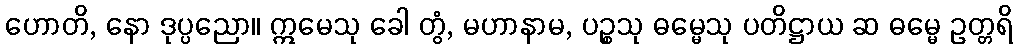
ဟောတိ, နော ဒုပ္ပညော။ ဣမေသု ခေါ တွံ, မဟာနာမ, ပဉ္စသု ဓမ္မေသု ပတိဋ္ဌာယ ဆ ဓမ္မေ ဥတ္တရိ